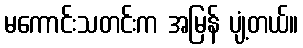
မကောင်းသတင်းက အမြန် ပျံ့တယ်။